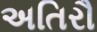
અતિરૌ